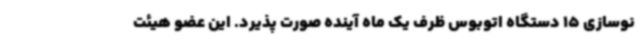
نوسازی 15 دستگاه اتوبوس ظرف یک ماه آینده صورت پذیرد. این عضو هیئت